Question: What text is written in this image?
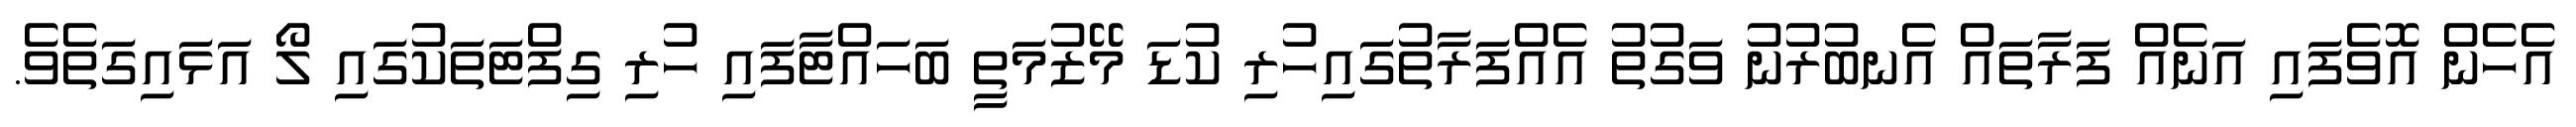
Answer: އެހެން އޮވެފައި އަނެއް ފަރާތައް އެނބުރުނު ވަގުތު އެއްފަރާތުގައިހުރި ކުޑަ މޭޒުމަތީ ބަހައްޓާފައި ހުރި ގިފްޓަތަކުގައި ލޯ އަޅައިގަތެވެ.